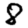
Digit: 8